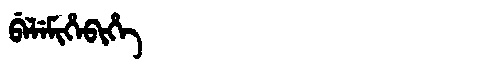
Manchu: ᠪᡝᠯᡝᠮᡳᡥᡝᠪᡳᡥᡝ
Romanization: BELEMIHEBIHE